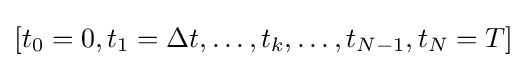
[t_{0}=0,t_{1}=\Delta t,\ldots ,t_{k},\ldots ,t_{N-1},t_{N}=T]